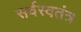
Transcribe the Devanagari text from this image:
सर्वस्वतंत्र